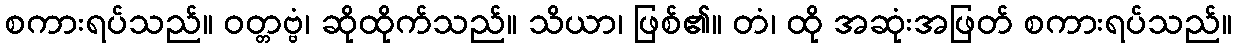
စကားရပ်သည်။ ဝတ္တဗ္ဗံ၊ ဆိုထိုက်သည်။ သိယာ၊ ဖြစ်၏။ တံ၊ ထို အဆုံးအဖြတ် စကားရပ်သည်။